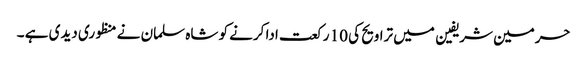
حرمین شریفین میں تراویح کی 10 رکعت ادا کرنے کو شاہ سلمان نے منظوری دیدی ہے ۔